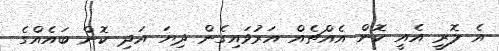
އެ ލޮރީ އެއީ ކޮން އެއްޗެއް އަރުވައިގެން ދިޔަ އަދި ކޮން ބައެއްގެ